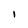
Character: I